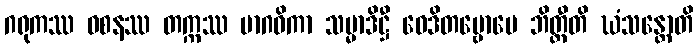
ဂရုကဿ ဝစနဿ တက္ကဿ မာဂဓိကာ သမ္မာဒိဋ္ဌီ ဝေဒိတဗ္ဗောပေ ဘိတ္တီတိ ဃံသန္တောတိ